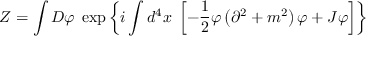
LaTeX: Z = \int D \varphi \; \exp \left\{ i \int d ^ { 4 } x \; \left[ - { \frac { 1 } { 2 } } \varphi \left( \partial ^ { 2 } + m ^ { 2 } \right) \varphi + J \varphi \right] \right\}